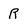
Character: R